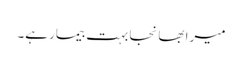
میرا بھانجا بہت بیمار ہے۔